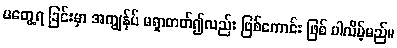
မတွေ့ရ ခြင်းမှာ အကျွန်ုပ် မရှာတတ်၍လည်း ဖြစ်ကောင်း ဖြစ် ပါလိမ့်မည်။